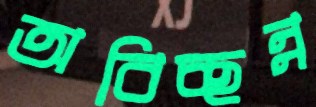
অবিচ্ছন্ন